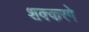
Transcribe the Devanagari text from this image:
शक्करगे